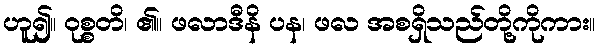
ဟူ၍။ ဝုစ္စတိ၊ ၏။ ဖလာဒီနိ ပန၊ ဖလ အစရှိသည်တို့ကိုကား။